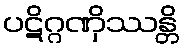
ပဋိဂ္ဂဏှိဿန္တိ